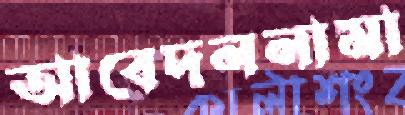
আবেদননামা